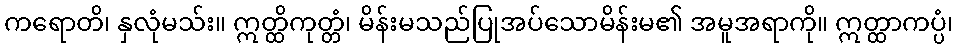
ကရောတိ၊ နှလုံမသ်း။ ဣတ္ထိကုတ္တံ၊ မိန်းမသည်ပြုအပ်သောမိန်းမ၏ အမူအရာကို။ ဣတ္ထာကပ္ပံ၊